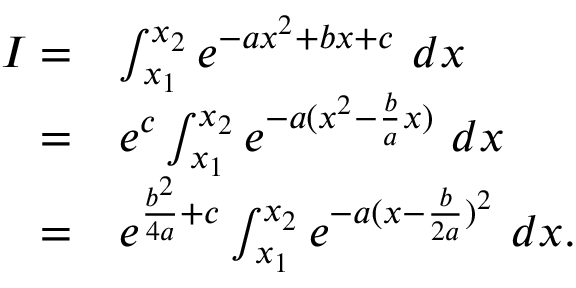
\begin{array} { r l } { I = } & { \int _ { x _ { 1 } } ^ { x _ { 2 } } e ^ { - a x ^ { 2 } + b x + c } \ d x } \\ { = } & { e ^ { c } \int _ { x _ { 1 } } ^ { x _ { 2 } } e ^ { - a ( x ^ { 2 } - \frac { b } { a } x ) } \ d x } \\ { = } & { e ^ { \frac { b ^ { 2 } } { 4 a } + c } \int _ { x _ { 1 } } ^ { x _ { 2 } } e ^ { - a ( x - \frac { b } { 2 a } ) ^ { 2 } } \ d x . } \end{array}